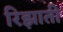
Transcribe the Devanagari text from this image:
रिझाती